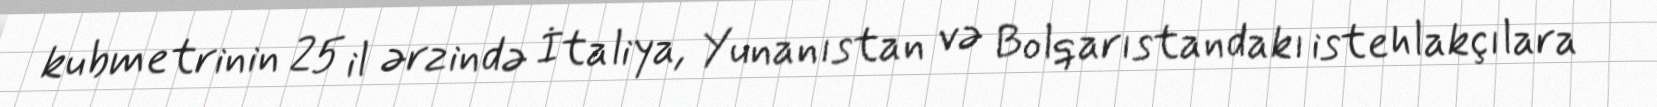
kubmetrinin 25 il ərzində İtaliya, Yunanıstan və Bolqarıstandakı istehlakçılara